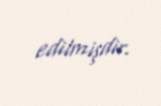
edilmişdir.